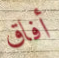
أفاق